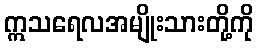
ဣသရေလအမျိုးသားတို့ကို